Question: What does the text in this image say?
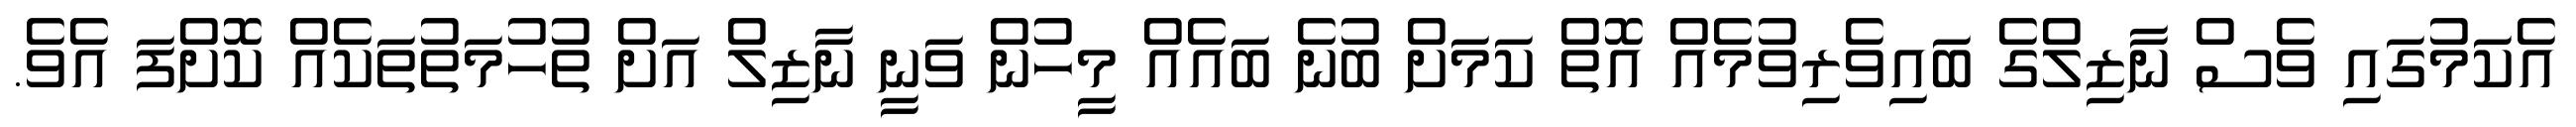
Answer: އެކަމުގައި ވެސް ނާޒިލްގެ ބައިވެރިވުމެއް އޮތް ކަމަށް ބުނެ ބައެއް މީހުން ވަނީ ނާޒިލް އަށް ތުހުމަތުތަކެއް ކޮށްފަ އެވެ.